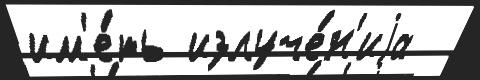
им'е́ть излуче́н'иjа